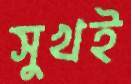
সুখই